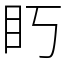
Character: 䀎